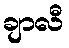
ချာလီ